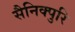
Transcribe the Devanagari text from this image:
सैनिक्पुरि